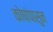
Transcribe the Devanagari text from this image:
कोषांपासुन